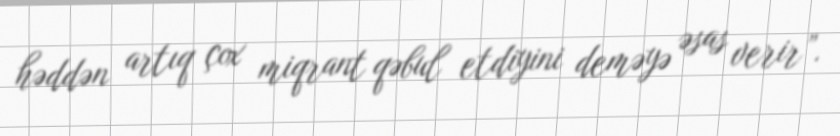
həddən artıq çox miqrant qəbul etdiyini deməyə əsas verir”.